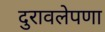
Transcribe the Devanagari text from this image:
दुरावलेपणा